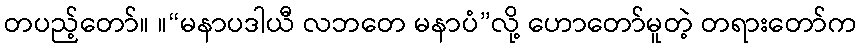
တပည့်တော်။ ။“မနာပဒါယီ လဘတေ မနာပံ”လို့ ဟောတော်မူတဲ့ တရားတော်က